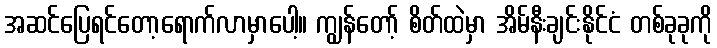
အဆင်ပြေရင်တော့ရောက်လာမှာပေါ့။ ကျွန်တော့် စိတ်ထဲမှာ အိမ်နီးချင်းနိုင်ငံ တစ်ခုခုကို